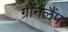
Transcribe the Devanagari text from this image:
ग्रीनलैंप